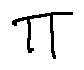
\pi